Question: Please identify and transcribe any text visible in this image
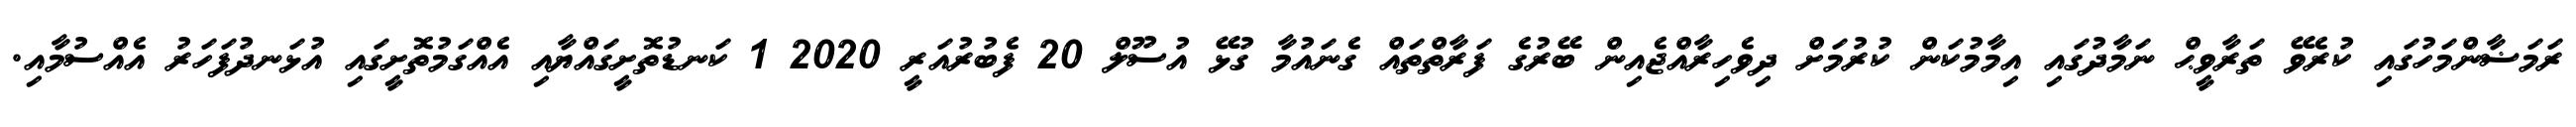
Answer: ރަމަޟާންމަހުގައި ކުރެވޭ ތަރާވީޙް ނަމާދުގައި އިމާމުކަން ކުރުމަށް ދިވެހިރާއްޖެއިން ބޭރުގެ ފަރާތްތައް ގެނައުމާ ގުޅޭ އުސޫލް 20 ފެބުރުއަރީ 2020 1 ކަނޑުތޮށީގައްޔާއި އެއްގަމުތޮށީގައި އުޅަނދުފަހަރު އެއްސުމާއި.